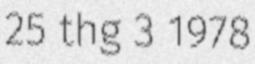
25 thg 3 1978